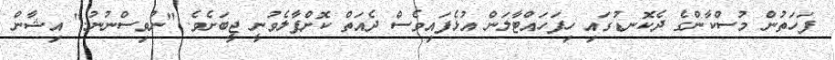
ފަހަތުން މުސްކާންގެ ދެކޮނޑުގައި ހިފަހައްޓާލަން އުޅެފައިވެސް ދެއަތް ކޮށްޕާލެވުނީ ޖީބަށެވެ. "ނުވިސްނުނު." އިޝާން